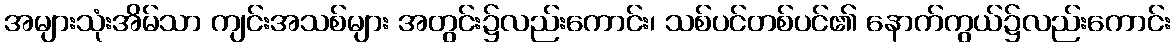
အများသုံးအိမ်သာ ကျင်းအသစ်များ အတွင်း၌လည်းကောင်း၊ သစ်ပင်တစ်ပင်၏ နောက်ကွယ်၌လည်းကောင်း